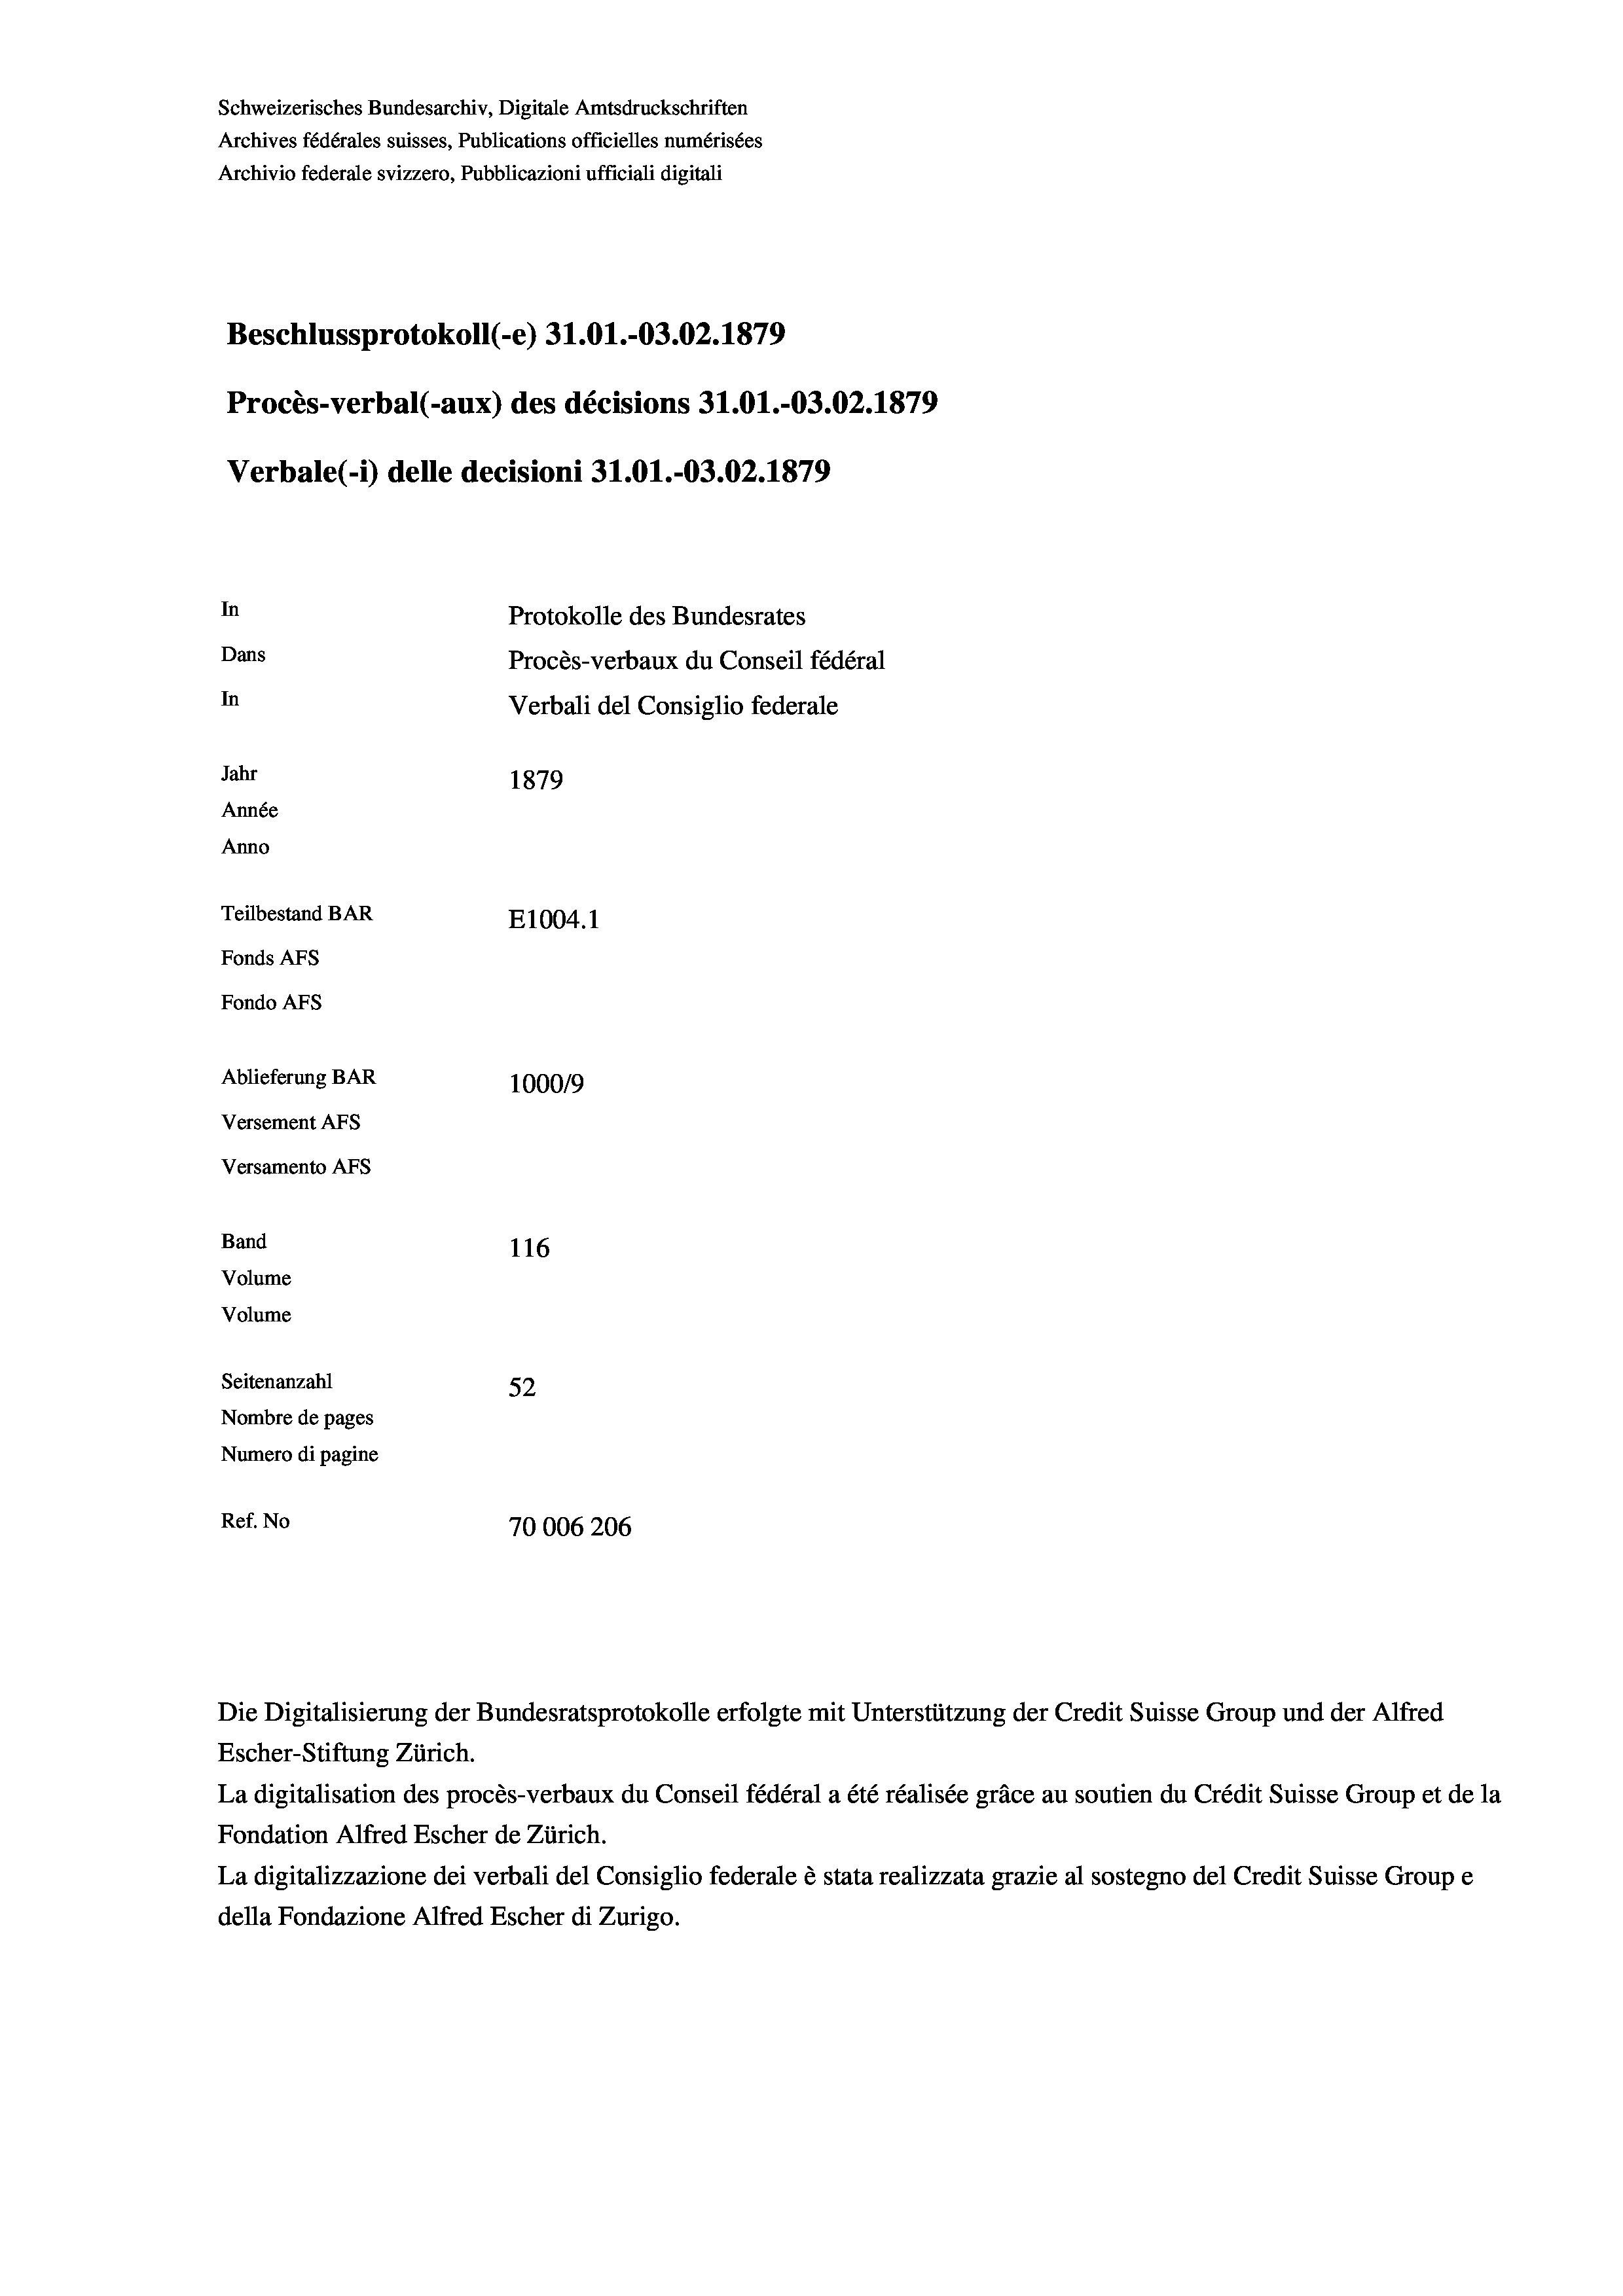
Schweizerisches Bundesarchiv, Digitale Amtsdruckschriften
Archives fédérales suisses, Publications officielles numérisées
Archivio federale svizzero, Pubblicazioni ufficiali digitali
Beschlussprotokoll (-e) 31.01.-03.02. 1879
Procès-verbal (-aux) des décisions 31.01.-03.02.1879
Verbale (- 1) delle decisioni 31.01.-03.02. 1879
In
Protokolle des Bundesrates
Dans
Procès-verbaux du Conseil fédéral
In
Verbali del Consiglio federale
Jahr
1879
Année
Anno
Teilbestand BAR
E1004.1
Fonds AFs
Fondo AFs
Ablieferung BAR
100019
Versement AFs
Versamento AFs
Band
116
Volume
Volume
Seitenanzahl
52
Nombre de pages
Numero di pagine
Ref. No
70006206

Escher-Stiftung Zürich.
La digitalisation des procès-verbaux du Conseil fédéral a été réalisée gräce au soutien du Crédit Suisse Group et de la
Fondation Alfred Escher de Zürich.
La digitalizzazione dei verbali del Consiglio federale è stata realizzata grazie al sostegno del Credit Suisse Groupe
della Fondazione Alfred Escher di Zurigo.

Die Digitalisierung der Bundesratsprotokolle erfolgte mit Unterstützung der Credit Suisse Group und der Alfred